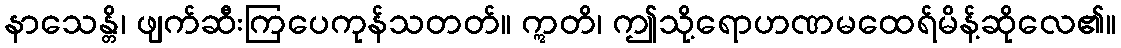
နာသေန္တိ၊ ဖျက်ဆီးကြပေကုန်သတတ်။ ဣတိ၊ ဤသို့ရောဟဏမထေရ်မိန့်ဆိုလေ၏။